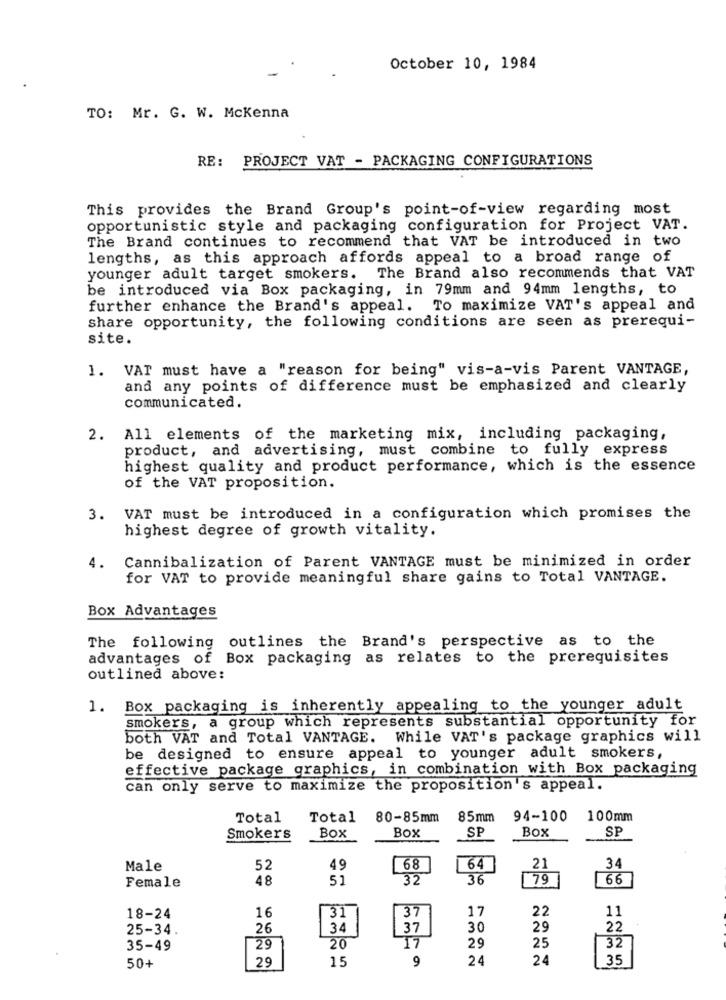
October 10, 1984
TO: Mr. G. W. Mckenna
RE: PROJECT VAT - PACKAGING CONFIGURATIONS
This provides the Brand Group's point-of-view regarding most
opportunistic style and packaging configuration for Project VAT.
The Brand continues to recommend that VAT be introduced in two
lengths, as this approach affords appeal to a broad range of
younger adult target smokers. The Brand also recommends that VAT
be introduced via Box packaging, in 79mm and 94mm lengths, to
further enhance the Brand's appeal. To maximize VAT's appeal and
share opportunity, the following conditions are seen as prerequi-
site.
1. VAT must have a "reason for being" vis-a-vis Parent VANTAGE,
and any points of difference must be emphasized and clearly
communicated.
2. All elements of the marketing mix, including packaging,
product, and advertising, must combine to fully express
highest quality and product performance, which is the essence
of the VAT proposition.
3.
VAT must be introduced in a configuration which promises the
highest degree of growth vitality.
Cannibalization of Parent VANTAGE must be minimized in order
4.
for VAT to provide meaningful share gains to Total VANTAGE.
Box Advantages
The following outlines the Brand's perspective as to the
advantages of Box packaging as relates to the prerequisites
outlined above:
1. Box packaging is inherently appealing to the younger adult
smokers, a group which represents substantial opportunity for
both VAT and Total VANTAGE. While VAT's package graphics will
be designed to ensure appeal to younger adult smokers,
effective package graphics, in combination with Box packaging
can only serve to maximize the proposition's appeal.
Total
Total
80-85mm
85mm
94-100
100mm
Box
SP
Box
SP
Smokers
Box
Male
52
49
68
64
21
34
Female
48
51
32
36
79
66
16
17
22
11
18-24
31
37
25-34.
26
34
37
30
29
22
25
32
35-49
29
20
17
29
15
9
24
24
35
50+
29